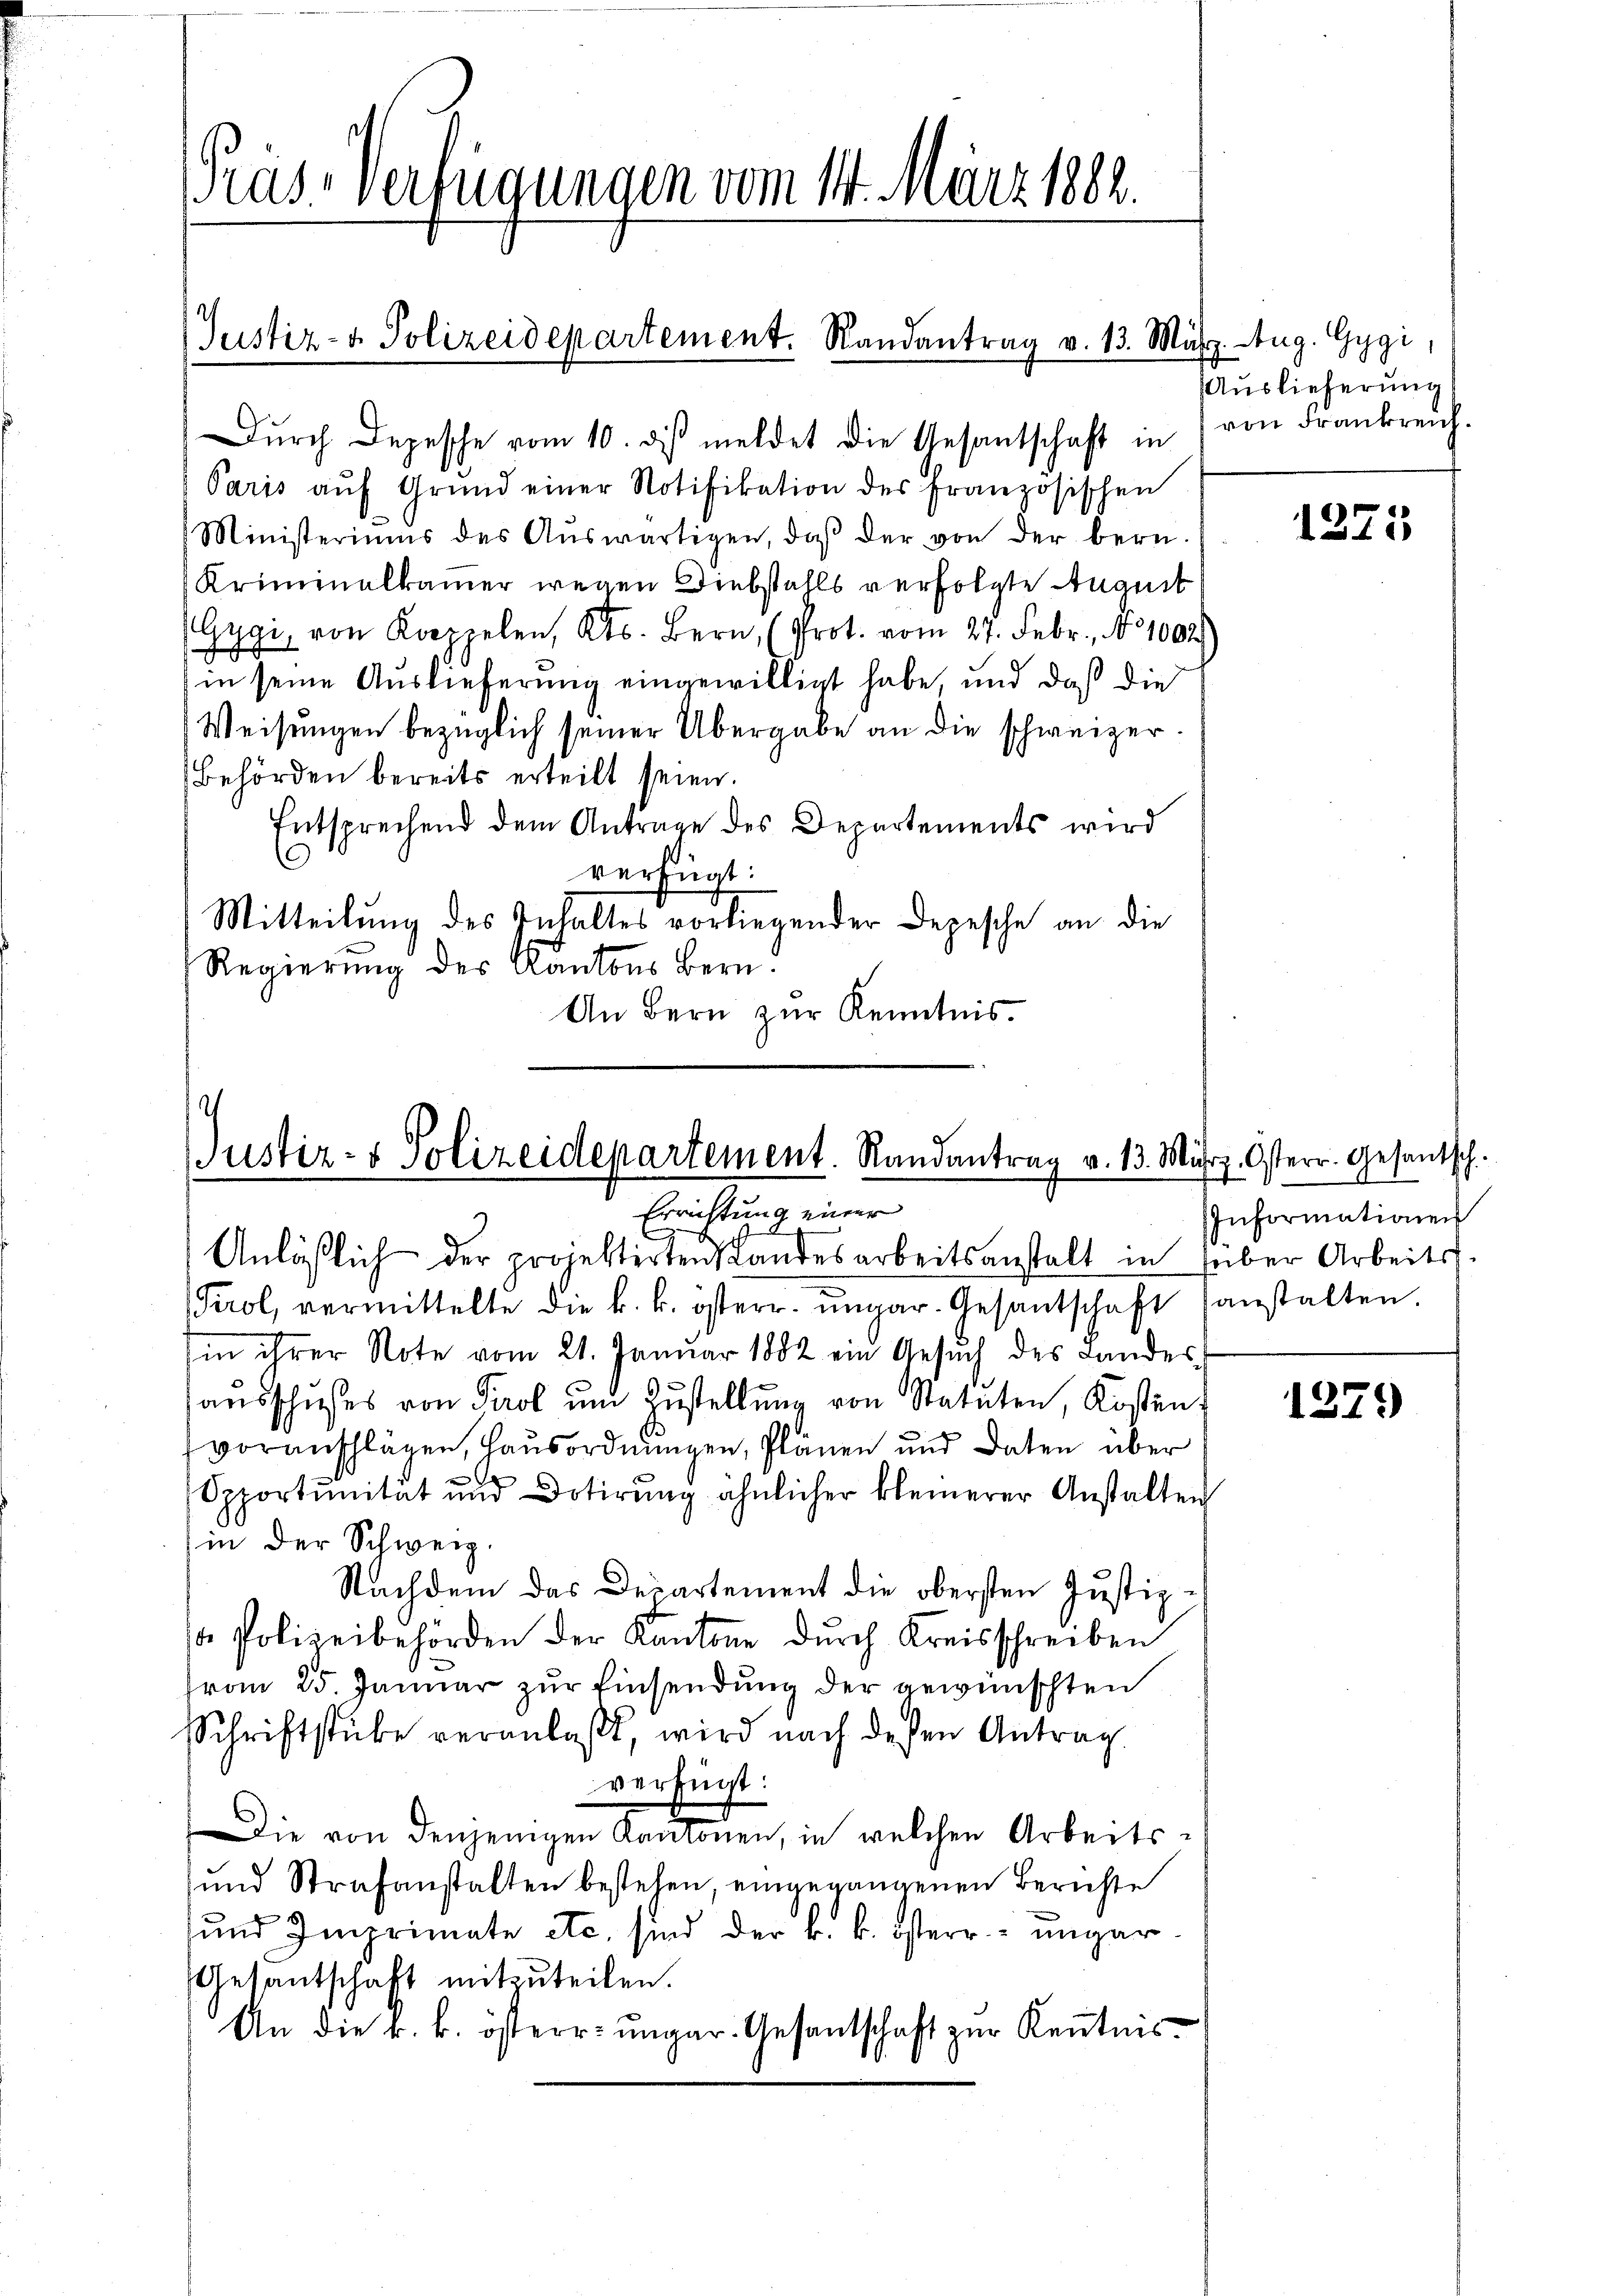
Pras-Verfügungen vom 11. März 1882.

(Justiz- & Polizeidepartement. Randantrag v. 13. März. Aug. Gygi,

Justiz- & Polizeidepartement. Randantrag v. 13. März. Osterr. Gesantsch.
Errichtung einer

Dŭrch Depesche vom 10. dβ meldet die Gesantschaft in von Frankreich.
Paris aŭf Grŭnd einer Notifikation des französischen
Ministeriums des Aŭswärtigen, daβ der von der bern
Kriminalkamer wegen Diebstahls verfolgte August
Gygi, von Koppelen, Kts. Bern, (Prot. vom 27. Febr., No 1002
F
in seine Auslieferung eingewilligt habe, und daß die
Weisungen bezüglich seiner Übergabe an die schweizer.
Behörden bereits erteilt seien.
Entsprechend dem Antrage des Departements wird
n
verfügt:
Mitteilung des Inhaltes vorliegender Depesche an die
Regierung des Kantons Bern.
An Bern zŭr Kenntnis.

Anläβlich der projektirtens Landesarbeitsanstalt in über Arbeits-
Tirol, vermittelte die k. k. österr. ungar. Gesantschaft sanstalten.
sin in Note vom 21. Januar 1882 ein Gesŭch des Landes-
ausschußes von Tirol und Zustellung von Statuten, Kosten,
voranschlägen, Hausordnungen, Plänen und Daten über
Opportŭnität und Dotirŭng ähnlicher kleinerer Anstalten
(in der Schweiz.
Nachdem das Departement die obersten Justiz-
 Polizeibehörden der Kantone durch Kreisschreiben
vom 25. Januar zŭr Einsendung der gewünschten
Schriftstube veranlaßt, wird nach dessen Antrag.
verfügt:
Die von denjenigen Kantonen, in welchen Arbeits¬
und Strafanstalten bestehen, eingegangenen Berichte
und Imprimate etc. sind der k. k. österr. ungar¬
Gesantschaft mitzuteilen.
An die k. k. österr. ungar. Gesantschaft zur Kenntnis¬

Auslieferung

1375

Informationen

1379